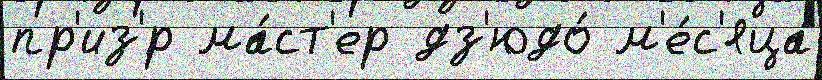
пр'из'́р ма́ст'ер дз'юдо́ м'е́с'яца